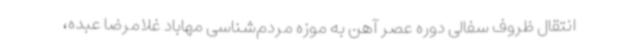
انتقال ظروف سفالی دوره عصر آهن به موزه مردم‌شناسی مهاباد غلامرضا عبده،